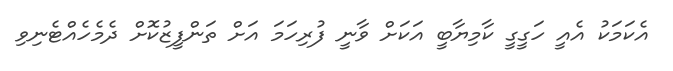
އެކަމަކު އެއީ ހަގީގީ ކާމިޔާބީ އަކަށް ވާނީ ފުރިހަމަ އަށް ތަންފީޒުކޮށް ދެމެހެއްޓެނިވި